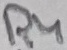
Text: R4